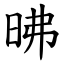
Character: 昲